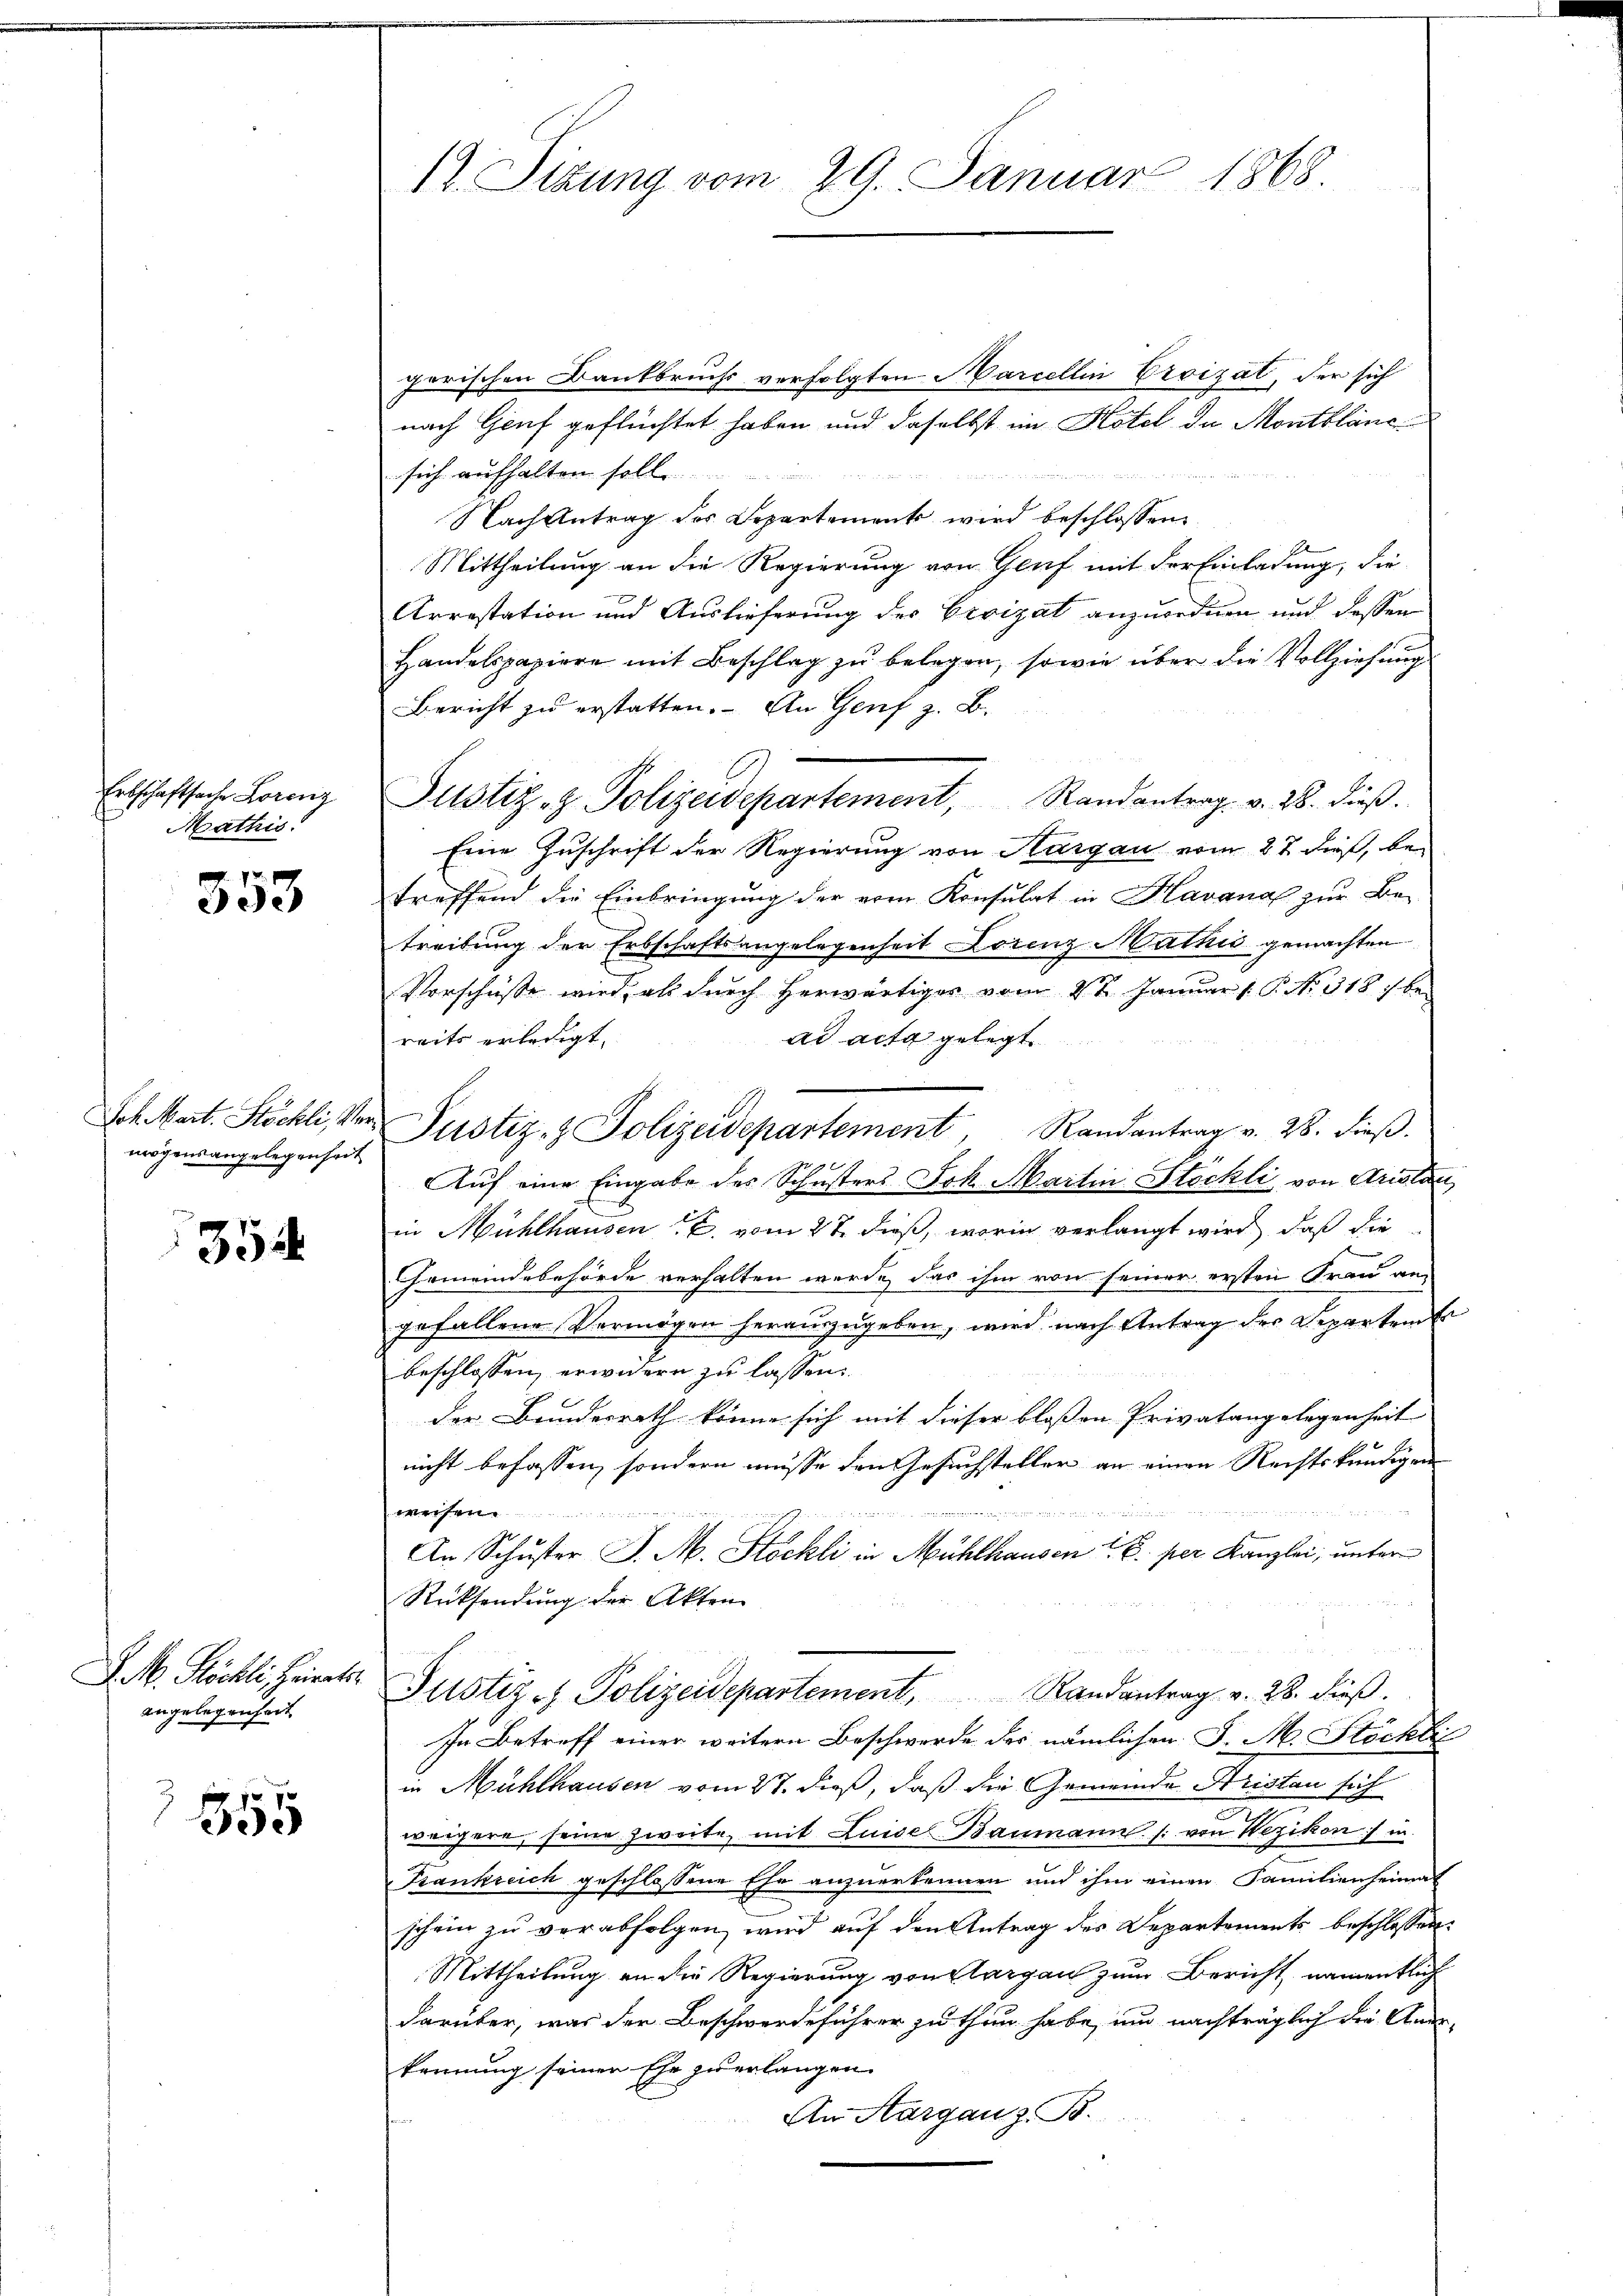
Erbschaftsache Lorenz
¬
Mathis

353

Joh. Mart. Stöckli, Vermögensangelegenheit

354

J. M. Köchli, Heirats.
angelegenheit

355

12. Sizung vom 29. Januar 1868

gerischen Dankbruchs verfolgten Marcellin Croizät, der sich
nach Genf geflüchtet haben und daselbst im Hotel da Montblanc
sich aufhalten soll
Nach Antrag des Departement wird beschlossen:
Mittheilung an die Regierung von Genf mit der Einladung, die
Arrestation und Auslieferung der Errizat anzurednen und dessen
Handelspapiere mit Beschlag zu belegen, sowie über die Vollziehung
Bericht zu erstatten. An Genf z. B.
Justiz- & Polizeidepartement, Randantrag v. 28. dieβ.
Eine Zuschrift der Regierung von Hargau vom 27. dieß, betreffend die Einbringung der erin Konsulat in Havanal zur Be-
treitung der Erbschaftsangelegenheit Lorenz Mathis gemachten
Vorschüsse wird, als durch herwärtiges vom 22. Januar 1. P. No. 318 :/ bei
ad acta gelegt
reits erledigt.
Justiz- & Polizeidepartement, Randantrag v. 28. dieβ.
Aŭf eine Eingabe des Schusters Joh. Martin Stockli von Aristan
in Mühlhausen B. vom 27. dieß, worin verlangt wird, daß die
Gemeindebehörde verhalten werde, das ihm von seiner ersten Frau an
gefallene Vermögen herauszugeben, wird nach Antrag der Departen
beschlossen, erwidern zu lassen.
der Bundesrath könne sich mit dieser bloßen Privatangelegenheit
nicht befassen, sondern müsse den Gesuchsteller an einen Rechtskundigen-
s
An Schuster J. M. Stockli in Mühlhausen d. B. per Kanzlei, unter
Rücksendung der Akten
Justiz- & Polizeidepartement, Randantrag v. 28. dieβ.
In Betreff einer weitern Beschwerde des nämlichen J. M. Stöckli
in Mühlhausen vom 27. dieß, daß die Gemeinde Aristen sich
weigere, seine zweite, mit Luise Baumann (: von Wezikon in
Frankreich geschlossene Ehe anzuerkennen und ihm einen Familienheimat
schein zu verabfolgen, wird auf den Antrag des Departements beschlossen
Mittheilung an die Regierung von Klargau zum Bericht namentlich
darüber, was der Beschwerdeführer zu thun habe, und nachträglich die Aner
kennung seiner Ehe zu erlangen.
An Aarganz. B.